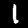
Label: 1